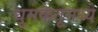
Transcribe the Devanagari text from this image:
धूमकेतूमध्ये